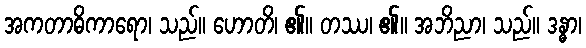
အကတာဓိကာရော၊ သည်။ ဟောတိ၊ ၏။ တဿ၊ ၏။ အဘိညာ၊ သည်။ ဒန္ဓာ၊